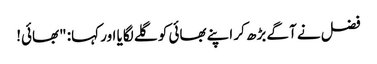
فضل نے آگے بڑھ کر اپنے بھائی کو گلے لگایا اور کہا: "بھائی!